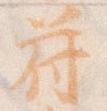
符